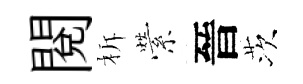
閲柝縈晉茨